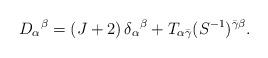
LaTeX: \begin{align*}D_{\alpha}{}^\beta=(J+2)\,\delta_{\alpha}{}^{\beta}+T_{\alpha\bar\gamma}(S^{-1})^{\bar\gamma\beta}.\end{align*}